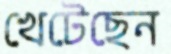
খেটেছেন